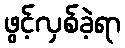
ဖွင့်လှစ်ခဲ့ရာ